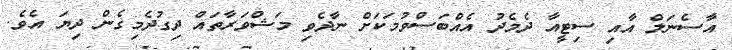
އާސެނަލް އާއި ސިޓީއާ ދެމެދު އެއްބަސްވުމަކަށް ނާދެވި މަޝްވަރާތައް ދިގުދެމިގެން ދިޔަ އެވެ.